Vaccination in Bombay 1913-1923 - 1913-1923
Year: 1913
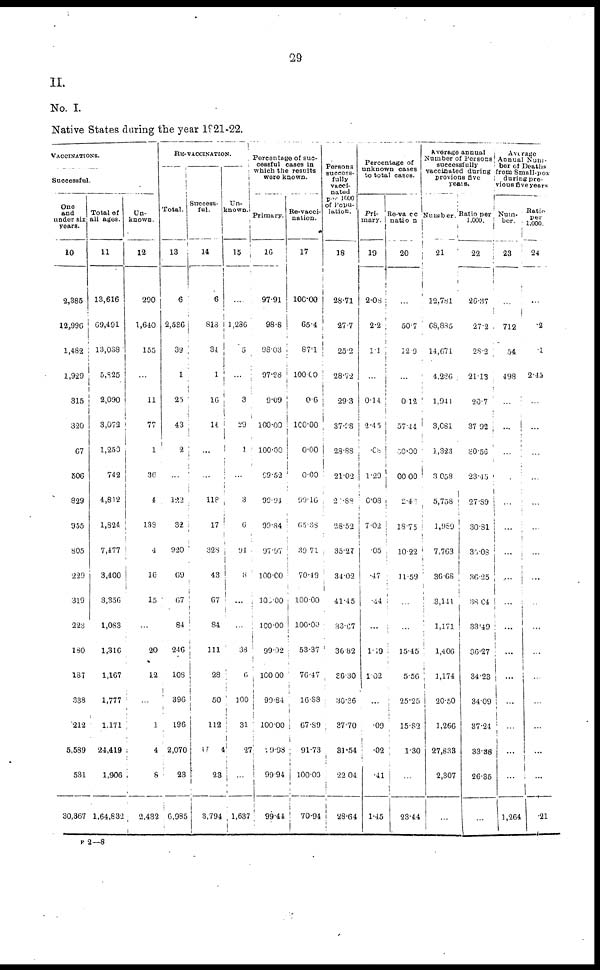
29
II.
No. I.
Native States during the year 1921-22.
VACCINATIONS.
Successful.
One
and
under six
years.
10
2,385
12,996
1,482
1,929
315
320
67
506
829
955
805
229
319
223
180
187
338
212
5,589
531
30,367
Total of
all ages.
11
13,616
69,491
13,038
5,825
2,090
3,072
1,250
742
4,812
1,824
7,477
3,400
3,356
1,083
1,316
1,167
1,777
1,171
24,419
1,906
1,64,832
Un-
known.
12
290
1,640
155
...
11
77
1
36
4
138
4
16
15
...
20
12
...
1
4
8
2,432
RE-VACCINATION.
Total.
13
6
2,536
39
1
25
43
2
...
122
32
920
69
67
84
246
108
396
196
2,070
23
6,985
Success-
ful.
14
6
813
34
1
16
14
...
...
118
17
328
43
67
84
111
28
50
112
1924
23
3,794
Un-
known.
15
...
1,286
5
...
3
29
1
...
3
6
94
8
...
...
38
6
100
31
27
...
1,637
Percentage of suc-
cessful cases in
which the results
were known.
Primary.
16
97.91
98.8
98.03
97.98
9.09
100.00
100.00
99.52
99.91
99.84
97.97
100.00
100.00
100.00
99.92
100.00
99.84
100.00
19.98
99.94
99.44
Re-vacci-
nation.
17
100.00
65.4
87.1
100.00
0.6
100.00
0.00
0.00
99.16
65.38
39.71
70.49
100.00
100.00
53.37
76.47
16.88
67.89
91.73
100.00
70.94
Persons
success-
fully
vacci-
nated
per 1000
of Popu-
lation.
18
28.71
27.7
25.2
28.72
29.3
37.28
28.88
21.02
20.88
28.52
35.27
34.02
41.45
33.67
36.82
36.30
30.36
37.70
31.54
22.04
28.64
Percentage of
unknown cases
to total cases.
Pri-
mary.
19
2.08
2.2
1.1
...
0.14
2.45
.08
1.29
0.08
7.02
.05
.47
.44
...
1.19
1.02
...
.09
.02
.41
1.45
Re-vacci-
nation
20
...
50.7
12.9
...
0.12
57.44
50.00
00.00
2.46
18.75
10.22
11.59
...
...
15.45
5.56
25.25
15.82
1.30
...
23.44
Average annual
Number of Persons
successfully
vaccinated during
previous five
years.
Number.
21
12,781
68,885
14,671
4,286
1,941
3,081
1,323
3,058
5,758
1,989
7,763
36.68
3,141
1,171
1,406
1,174
20.50
1,266
27,833
2,307
...
Ratio per
1,000.
22
26.37
27.2
28.2
21.13
20.7
37.92
30.56
23.15
27.89
30.81
35.08
30.25
38.04
33.49
36.27
34.23
34.09
37.24
33.38
26.35
...
Average
Annual Num-
ber of Deaths
from Small-pox
during pre-
vious five years
Num-
ber.
23
...
712
54
498
...
...
...
...
...
...
...
...
...
...
...
...
...
...
...
...
1,264
Ratio
per
1,000.
24
...
.2
.1
2.45
...
...
...
...
...
...
...
...
...
...
...
...
...
...
...
...
.21
P 2—8